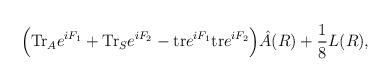
LaTeX: \begin{align*}\Big( {\rm Tr}_A e^{iF_1} + {\rm Tr}_S e^{iF_2} - {\rm tr}e^{iF_1}{\rm tr} e^{iF_2}\Big) \hat A(R) +{1\over 8} L(R),\end{align*}